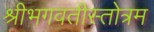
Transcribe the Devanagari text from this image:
श्रीभगवतीस्तोत्रम